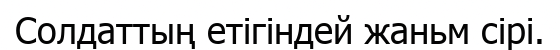
Солдаттың етігіндей жаньм сірі.